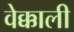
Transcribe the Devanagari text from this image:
वेक्काली